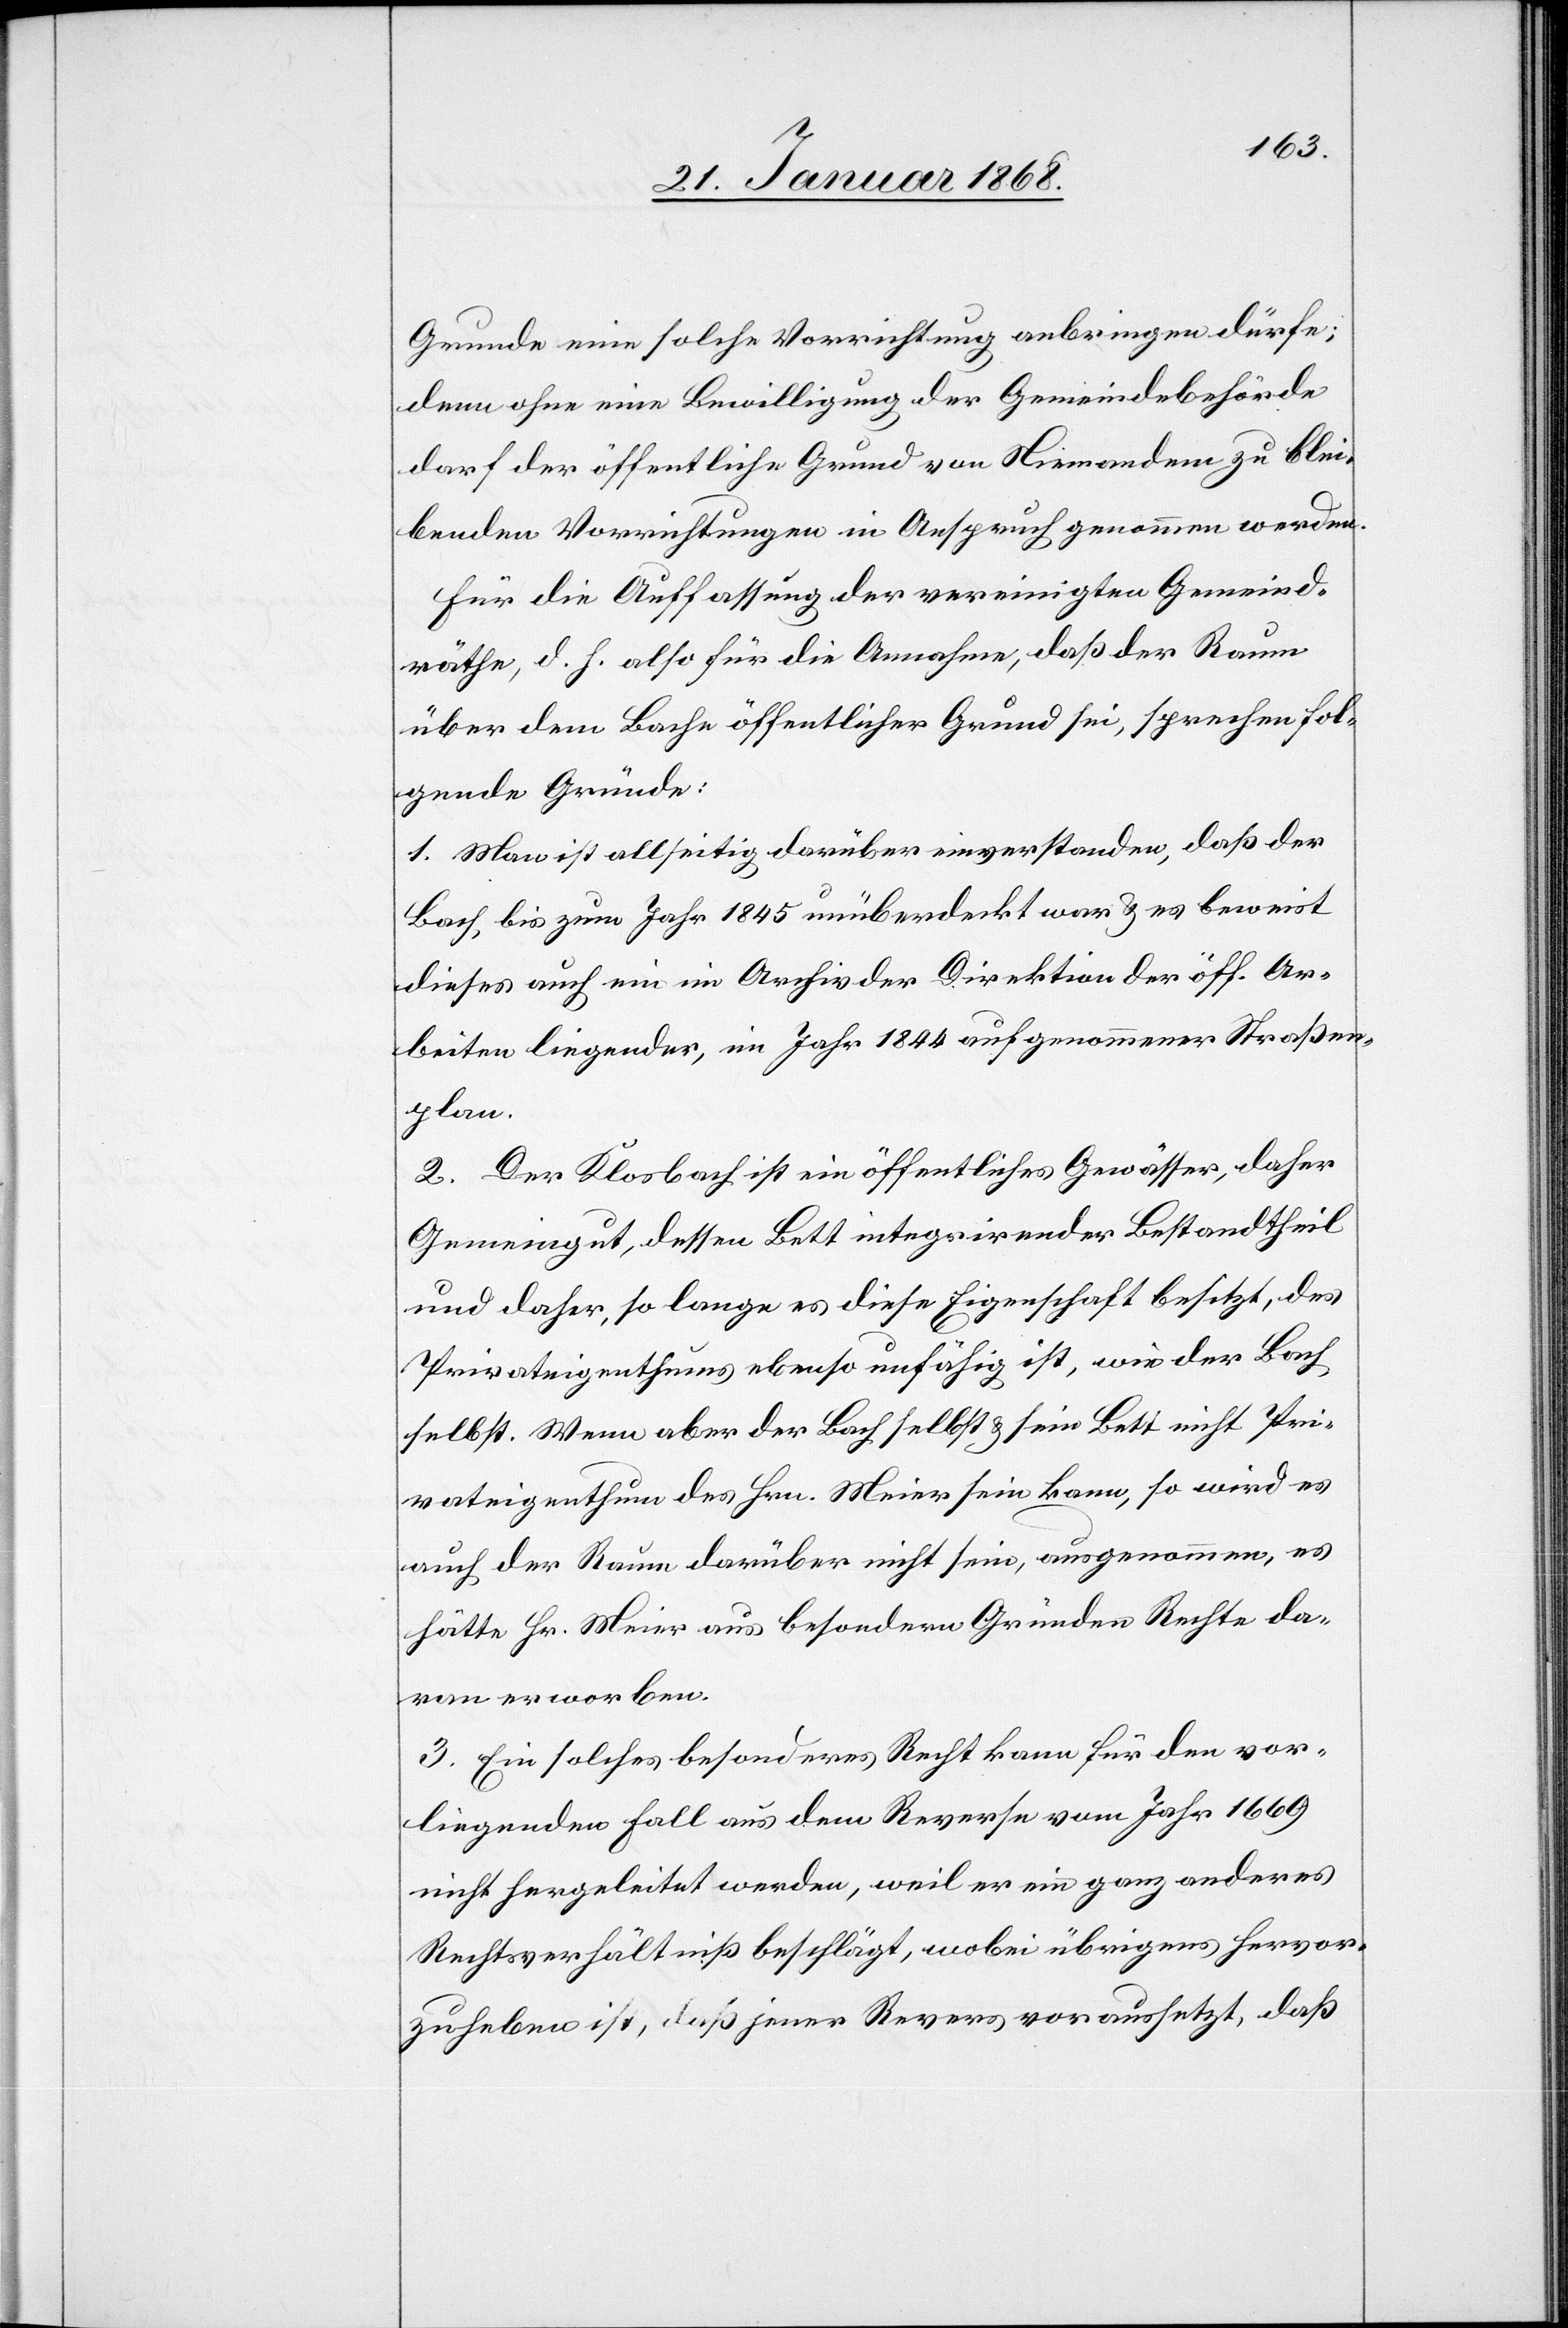
Grunde eine solche Vorrichtung anbringen dürfe;
denn ohne eine Bewilligung der Gemeindebehörde
darf der öffentliche Grund von Niemandem zu blei¬
benden Vorrichtungen in Anspruch genommen werden.
Für die Auffassung der vereinigten Gemeind¬
räthe, d. h. also für die Annahme, daß der Raum
über dem Bache öffentlicher Grund sei, sprechen fol¬
gende Gründe:
1. Man ist allseitig darüber einverstanden, daß der
Bach, bis zum Jahr 1845 unüberdeckt war & es beweist
dieses auch ein im Archiv der Direktion der öff. Ar¬
beiten liegender, im Jahr 1844 aufgenommener Straßen¬
plan.
2. Der Klosbach ist ein öffentliches Gewässer, daher
Gemeingut, dessen Bett integrirender Bestandtheil
und daher, so lange es diese Eigenschaft besitzt, des
Privateigenthums ebenso unfähig ist, wie der Bach
selbst. Wenn aber der Bach selbst & sein Bett nicht Pri¬
vateigenthum des Hrn. Meier sein kann, so wird es
auch der Raum darüber nicht sein, ausgenommen, es
hätte Hr. Meier aus besondern Gründen Rechte da¬
ran erworben.
3. Ein solches besonderes Recht kann für den vor¬
liegenden Fall aus dem Reverse vom Jahr 1669
nicht hergeleitet werden, weil er ein ganz anderes
Rechtsverhältniß beschlägt, wobei übrigens hervor¬
zuheben ist, daß jener Revers voraussetzt, daß